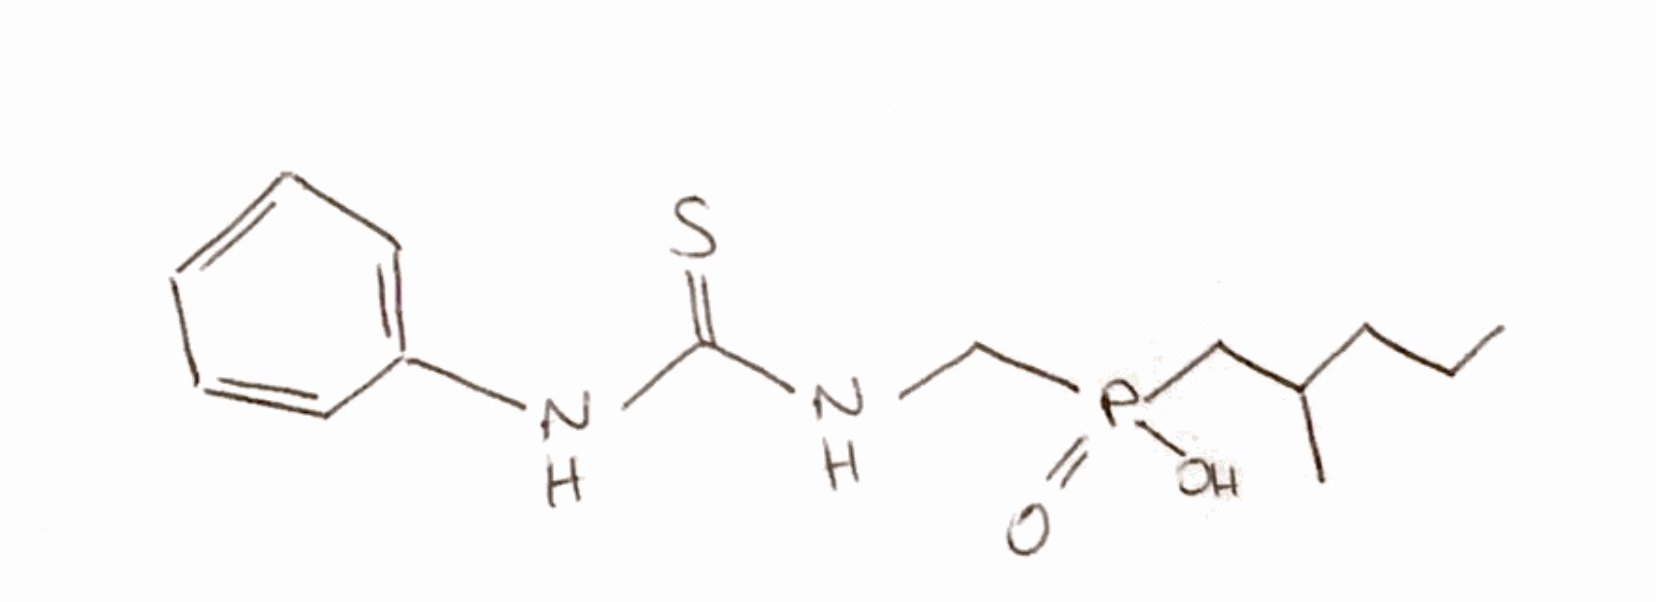
Simplified molecular-input line-entry system (SMILES) notation of the given molecule:
CCCC(C)CP(=O)(CNC(=S)NC1=CC=CC=C1)O